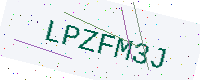
Text: LPZFM3J